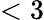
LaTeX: <3